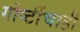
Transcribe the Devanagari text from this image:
गोष्टींचाही